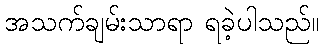
အသက်ချမ်းသာရာ ရခဲ့ပါသည်။